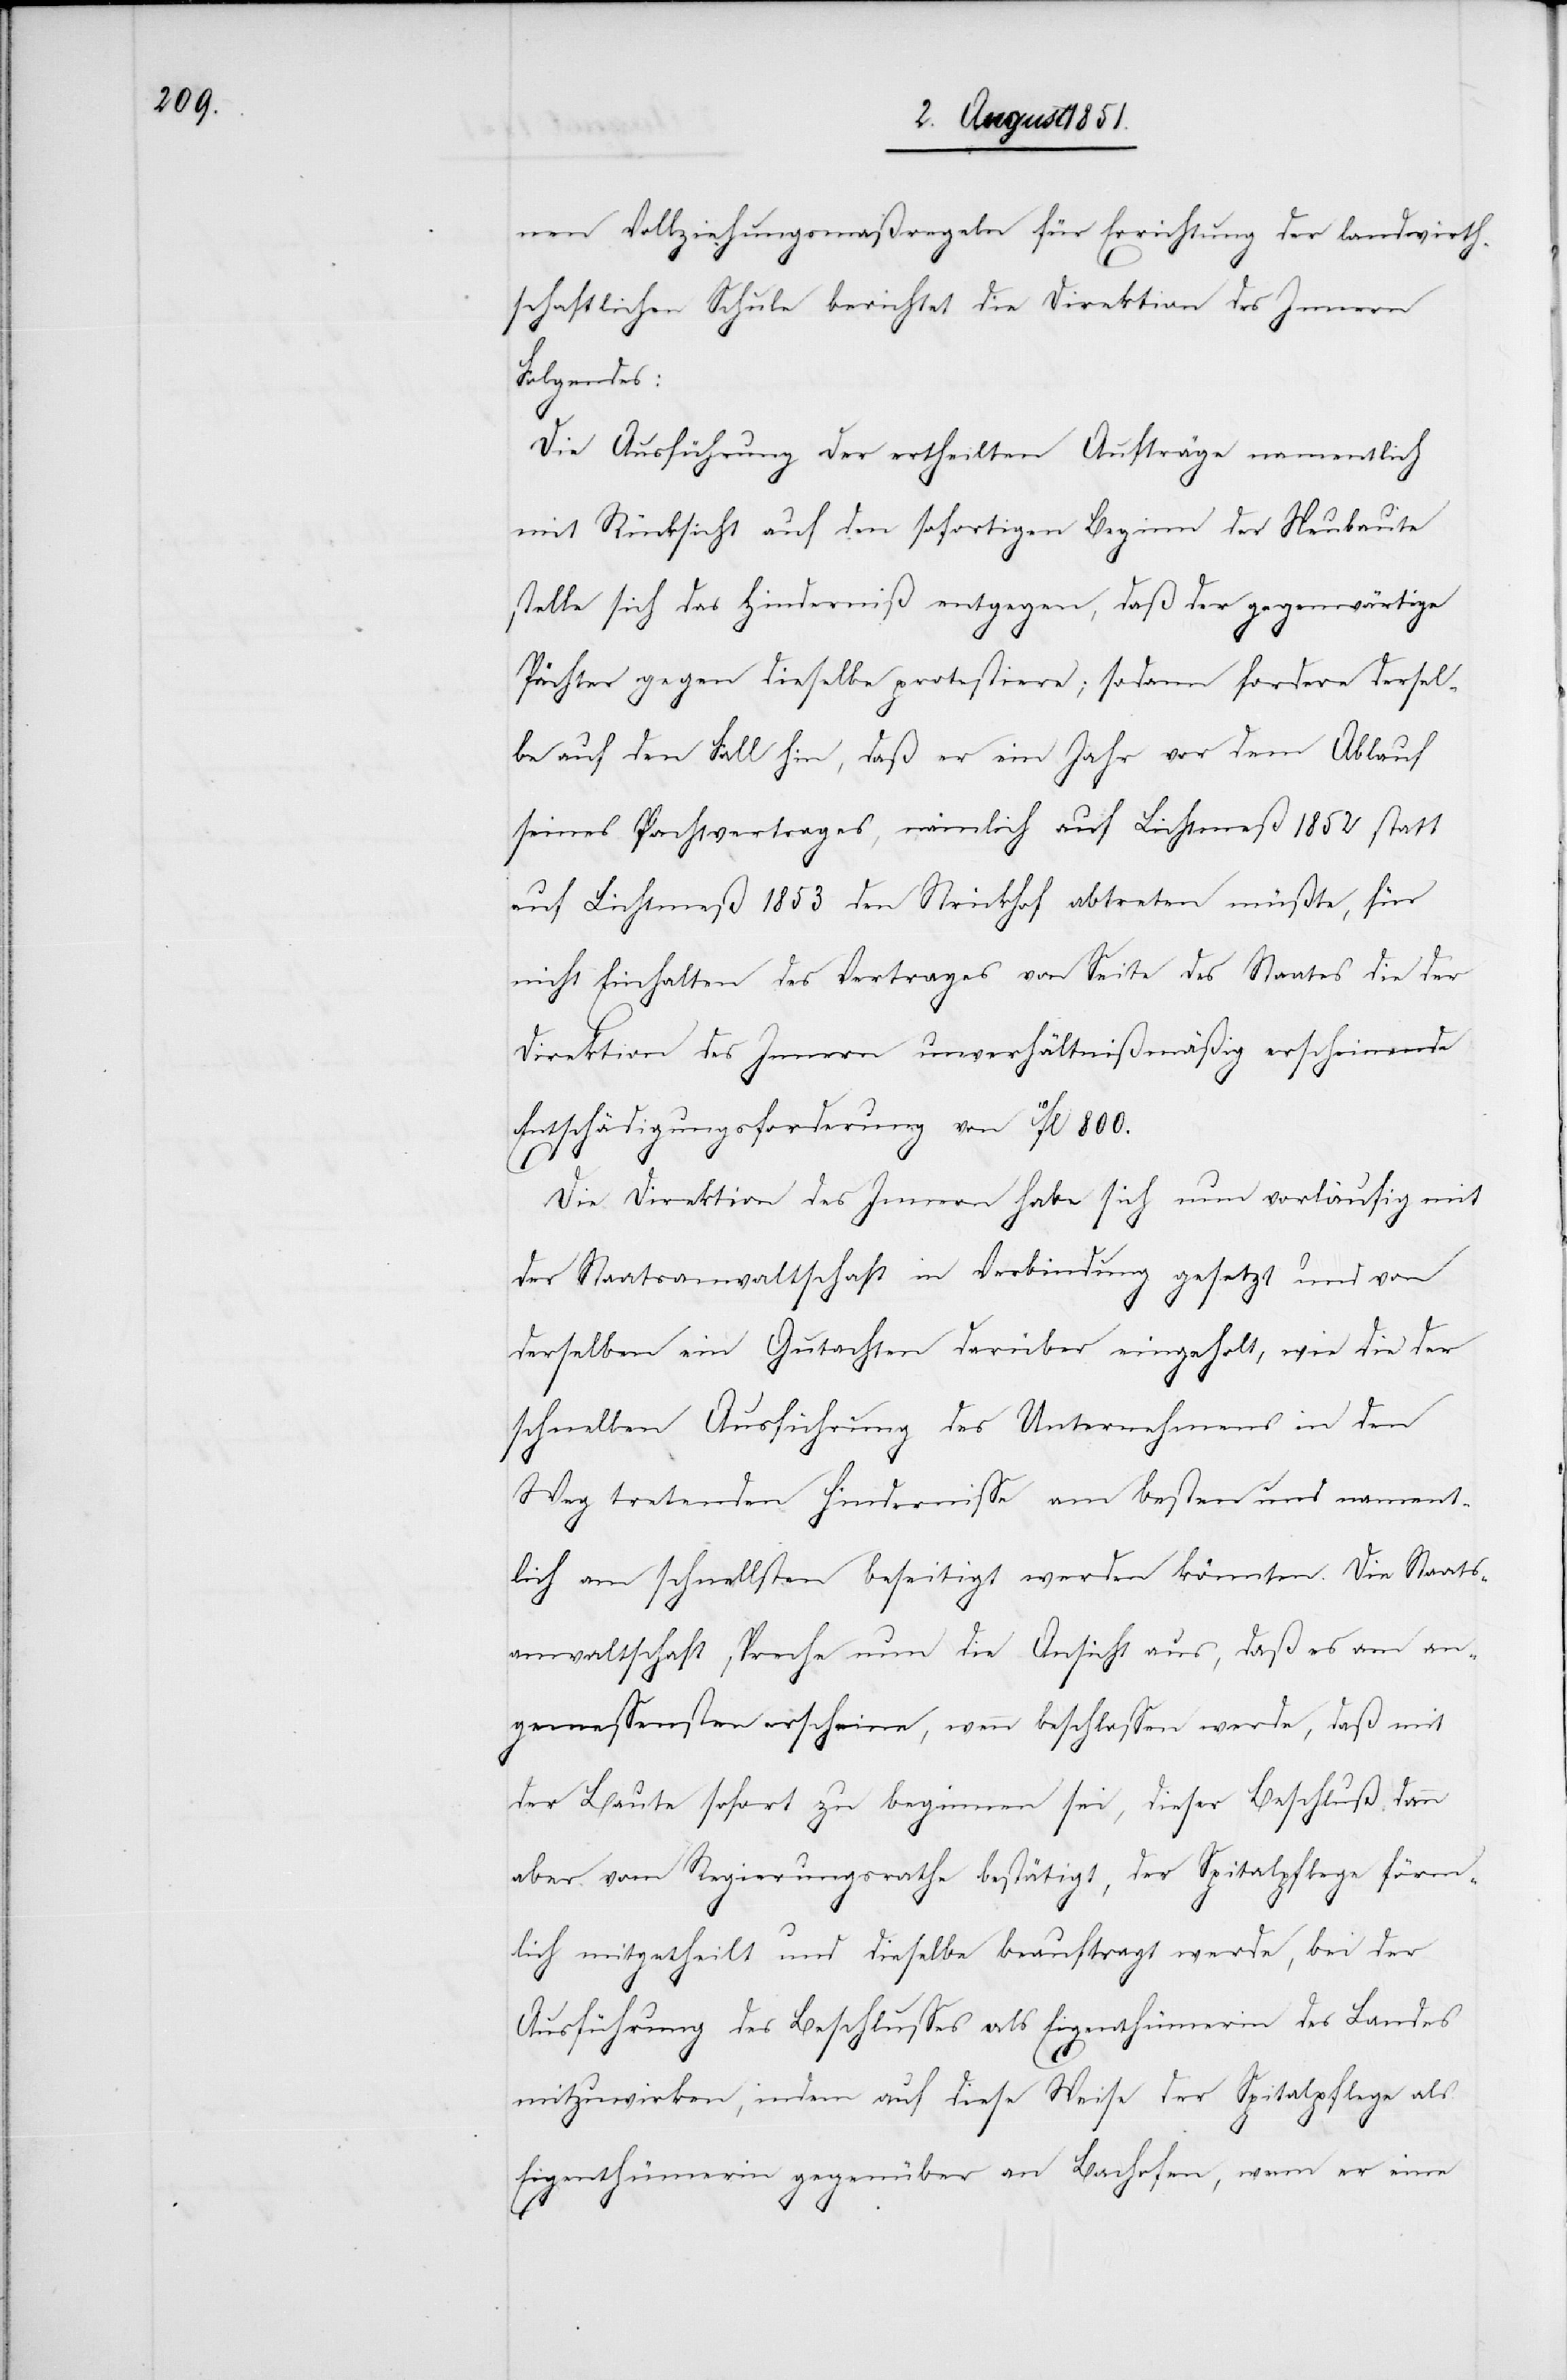
nen Vollziehungsmaßregeln für Errichtung der landwirth¬
schaftlichen Schule berichtet die Direktion des Innern
Folgendes:
Der] Ausführung der ertheilten Aufträge namentlich
mit Rücksicht auf den sofortigen Beginn der Neubaute
stelle sich das Hinderniß entgegen, daß der gegenwärtige
Pächter gegen dieselbe protestiere; sodann fordere dersel¬
be auf den Fall hin, daß er ein Jahr vor dem Ablauf
seines Pachtvertrages, nämlich auf Lichtmeß 1852 statt
auf Lichtmeß 1853 den Strickhof abtreten müßte, für
nicht Einhalten des Vertrages von Seite des Staates die der
Direktion des Innern unverhältnißmäßig erscheinende
Entschädigungsforderung von 10fl 800.
Die Direktion des Innern habe sich nun vorläufig mit
der Staatsanwaltschaft in Verbindung gesetzt und von
derselben ein Gutachten darüber eingeholt, wie die der
schnellen Ausführung des Unternehmens in den
Weg tretenden Hindernisse am besten und nament¬
lich am schnellsten beseitigt werden könnten. Die Staats¬
anwaltschaft spreche nun die Ansicht aus, daß es am an¬
gemessensten erscheine, wenn beschlossen werde, daß mit
der Baute sofort zu beginnen sei, dieser Beschluß dann
aber vom Regierungsrathe bestätigt, der Spitalpflege förm¬
lich mitgetheilt und dieselbe beauftragt werde, bei der
Ausführung des Beschlusses als Eigenthümerin des Landes
mitzuwirken, indem auf diese Weise der Spitalpflege als
Eigenthümerin gegenüber an Bachofen, wenn er eine